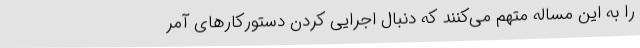
را به این مساله متهم می‌کنند که دنبال اجرایی کردن دستورکارهای آمر